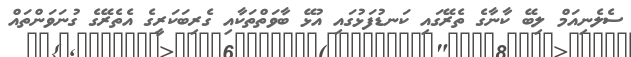
ސެލެނިއަމް ލިބޭ ކާނާގެ ތެރޭގައި ކަނޑުފަޅުގައި އުޅޭ ބާވަތްތަކާއި ގެރިބަކަރީގެ އެތެރޭގެ ގުނަވަންތައް